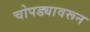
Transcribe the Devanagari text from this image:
चोपड्यावरून